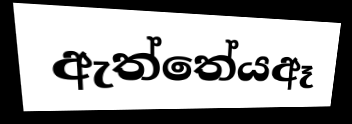
ඇත්තේයඈ